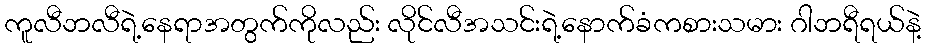
ကူလီဘလီရဲ့နေရာအတွက်ကိုလည်း လိုင်လီအသင်းရဲ့နောက်ခံကစားသမား ဂါဘရီရယ်နဲ့